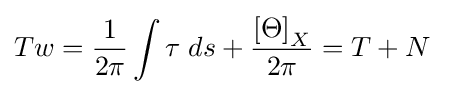
Tw={\dfrac {1}{2\pi }}\int \tau \;ds+{\dfrac {\left[\Theta \right]_{X}}{2\pi }}=T+N\;